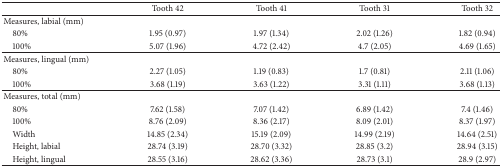
<table><thead><tr><td><b> </b></td><td><b>Tooth 42</b></td><td><b>Tooth 41</b></td><td><b>Tooth 31</b></td><td><b>Tooth 32</b></td></tr></thead><tbody><tr><td>Measures, labial (mm)</td><td> </td><td> </td><td> </td><td> </td></tr><tr><td> 80%</td><td>1.95 (0.97)</td><td>1.97 (1.34)</td><td>2.02 (1.26)</td><td>1.82 (0.94)</td></tr><tr><td> 100%</td><td>5.07 (1.96)</td><td>4.72 (2.42)</td><td>4.7 (2.05)</td><td>4.69 (1.65)</td></tr><tr><td>Measures, lingual (mm)</td><td> </td><td> </td><td> </td><td> </td></tr><tr><td> 80%</td><td>2.27 (1.05)</td><td>1.19 (0.83)</td><td>1.7 (0.81)</td><td>2.11 (1.06)</td></tr><tr><td> 100%</td><td>3.68 (1.19)</td><td>3.63 (1.22)</td><td>3.31 (1.11)</td><td>3.68 (1.13)</td></tr><tr><td>Measures, total (mm)</td><td> </td><td> </td><td> </td><td> </td></tr><tr><td> 80%</td><td>7.62 (1.58)</td><td>7.07 (1.42)</td><td>6.89 (1.42)</td><td>7.4 (1.46)</td></tr><tr><td> 100%</td><td>8.76 (2.09)</td><td>8.36 (2.17)</td><td>8.09 (2.01)</td><td>8.37 (1.97)</td></tr><tr><td> Width</td><td>14.85 (2.34)</td><td>15.19 (2.09)</td><td>14.99 (2.19)</td><td>14.64 (2.51)</td></tr><tr><td> Height, labial</td><td>28.74 (3.19)</td><td>28.70 (3.32)</td><td>28.85 (3.2)</td><td>28.94 (3.15)</td></tr><tr><td> Height, lingual</td><td>28.55 (3.16)</td><td>28.62 (3.36)</td><td>28.73 (3.1)</td><td>28.9 (2.97)</td></tr></tbody></table>